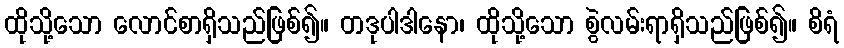
ထိုသို့သော လောင်စာရှိသည်ဖြစ်၍။ တဒုပါဒါနော၊ ထိုသို့သော စွဲလမ်းရာရှိသည်ဖြစ်၍။ စိရံ